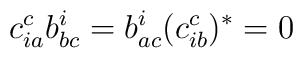
c_{ia}^c b_{bc}^i=b_{ac}^i (c_{ib}^c)^*=0